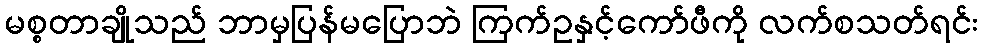
မစ္စတာချိုသည် ဘာမှပြန်မပြောဘဲ ကြက်ဥနှင့်ကော်ဖီကို လက်စသတ်ရင်း